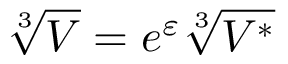
\sqrt [ 3 ] { V } = e ^ { \varepsilon } \sqrt [ 3 ] { V ^ { \ast } }